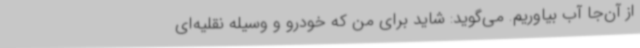
از آن‌جا آب بیاوریم. می‌گوید: شاید برای من که خودرو و وسیله نقلیه‌ای